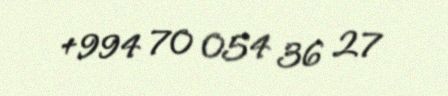
+994 70 054 36 27